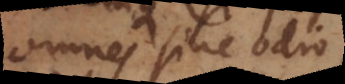
omnes sine odio,